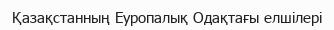
Қазақстанның Еуропалық Одақтағы елшілері